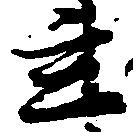
立